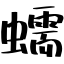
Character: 蠕